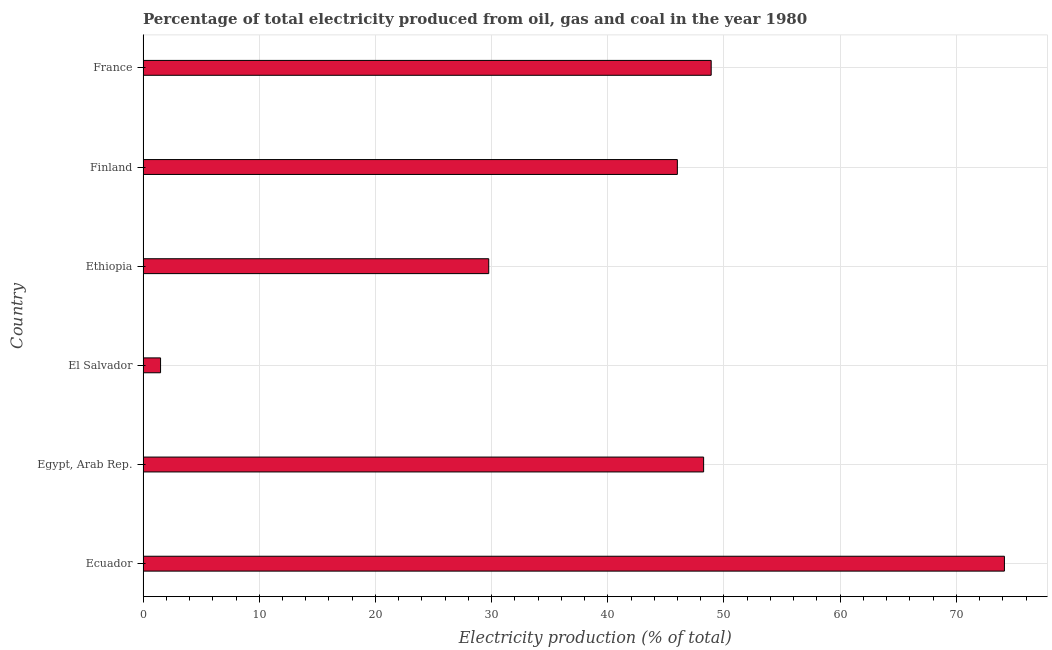
| Country | Electricity production |
 | --- | --- |
 | Ecuador | 74.1 |
 | Egypt, Arab Rep. | 48.2 |
 | El Salvador | 1.51 |
 | Ethiopia | 29.8 |
 | Finland | 46 |
 | France | 48.9 |